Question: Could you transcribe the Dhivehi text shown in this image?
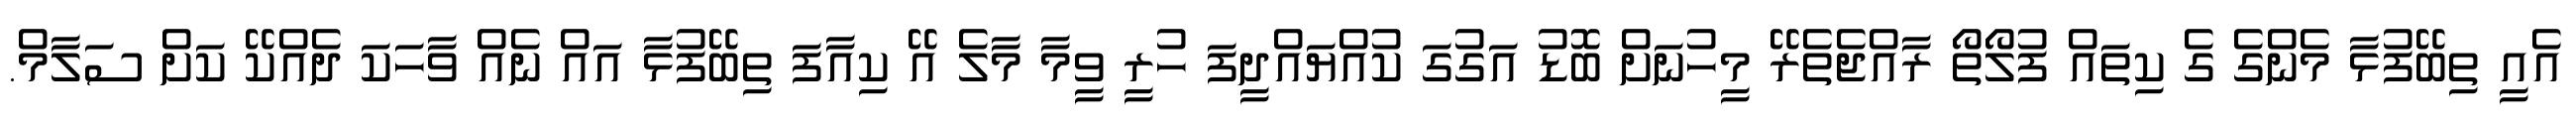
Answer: އެއީ ތިބޭފުޅާ މެންގެ ގެ ކިތައް ފުލޯތޯ ރާއްޖެތެރޭ މީހުނަށް ބޮޑު އަގުގަ ކުއްޔައްދީފަ ހުރީ ވީމާ މާލެ އޭ ކިއާފަ ތިބޭފުޅާ އައް ނެއް ވާހަކަ ދެއްކޭ ކަށް ސަލާމް.